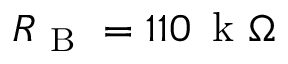
R _ { \mathrm { ~ B ~ } } = 1 1 0 \, \mathrm { ~ k ~ } \Omega